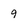
Character: 9